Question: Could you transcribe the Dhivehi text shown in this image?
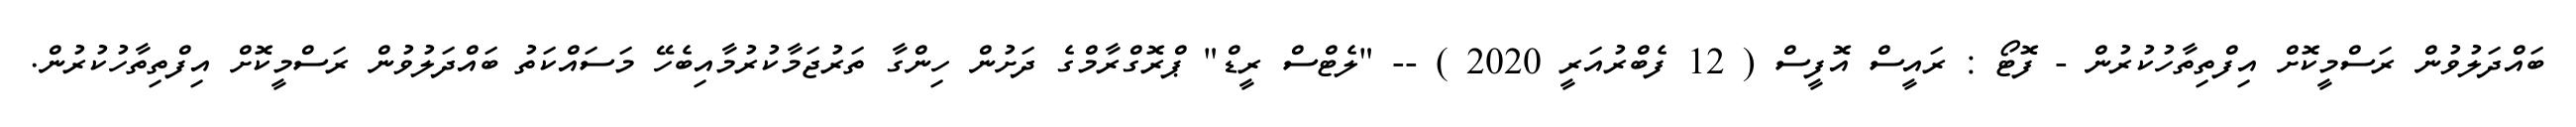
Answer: ބައްދަލުވުން ރަސްމީކޮށް އިފްތިތާހުކުރުން - ފޮޓޯ : ރައީސް އޮފީސް ( 12 ފެބްރުއަރީ 2020 ) -- "ލެޓްސް ރީޑް" ޕްރޮގްރާމްގެ ދަށުން ހިންގާ ތަރުޖަމާކުރުމާއިބެހޭ މަސައްކަތު ބައްދަލުވުން ރަސްމީކޮށް އިފްތިތާހުކުރުން.